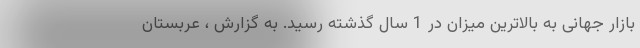
بازار جهانی به بالاترین میزان در 1 سال گذشته رسید. به گزارش ، عربستان